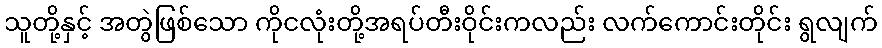
သူတို့နှင့် အတွဲဖြစ်သော ကိုငလုံးတို့အရပ်တီးဝိုင်းကလည်း လက်ကောင်းတိုင်း ရွလျက်